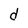
Character: d